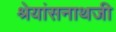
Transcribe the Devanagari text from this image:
श्रेयांसनाथजी